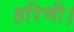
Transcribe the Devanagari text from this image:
हरिणी।